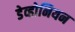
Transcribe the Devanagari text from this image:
डेव्होनियन